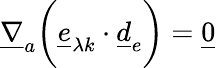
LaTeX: \underline{{\nabla}}_{a}\biggl(\underline{{e}}_{\lambda k}\cdot\underline{{d}}_{e}\biggr)=\underline{{0}}